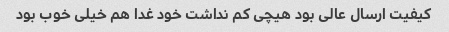
کیفیت ارسال عالی بود هیچی کم نداشت خود غدا هم خیلی خوب بود